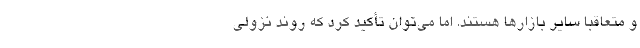
و متعاقبا سایر بازارها هستند. اما می‌توان تأکید کرد که روند نزولی